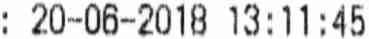
: 20-06-2018 13:11:45